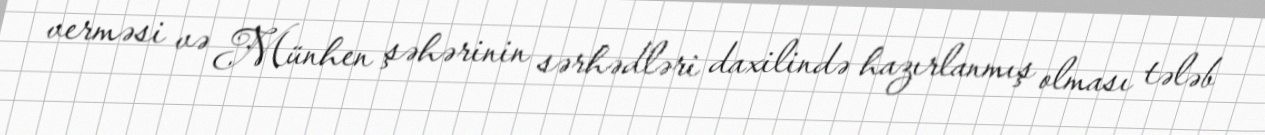
verməsi və Münhen şəhərinin sərhədləri daxilində hazırlanmış olması tələb